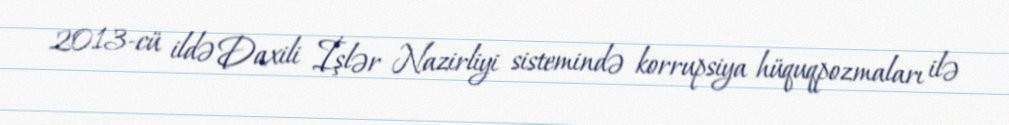
2013-cü ildə Daxili İşlər Nazirliyi sistemində korrupsiya hüquqpozmaları ilə